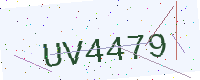
Text: UV4479